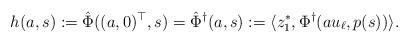
\begin{align*} h(a,s) := \hat \Phi((a,0)^\top,s) = \hat \Phi^\dagger(a,s) := \langle z_1^*, \Phi^\dagger(au_\ell, p(s))\rangle.\end{align*}